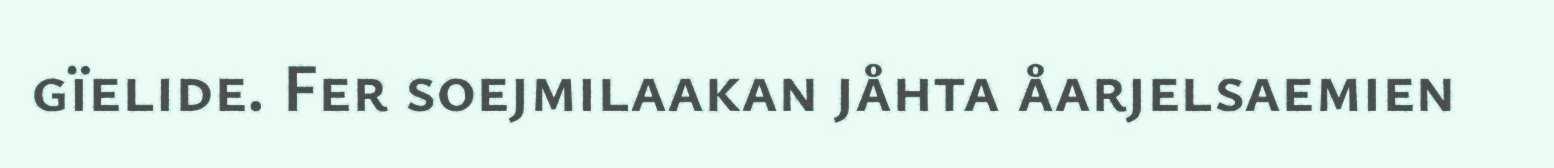
gïelide. Fer soejmilaakan jåhta åarjelsaemien